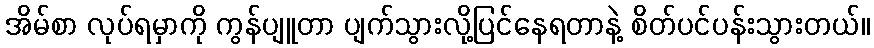
အိမ်စာ လုပ်ရမှာကို ကွန်ပျူတာ ပျက်သွားလို့ပြင်နေရတာနဲ့ စိတ်ပင်ပန်းသွားတယ်။